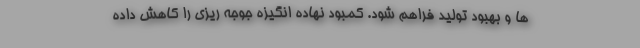
ها و بهبود تولید فراهم شود. کمبود نهاده انگیزه جوجه ریزی را کاهش داده